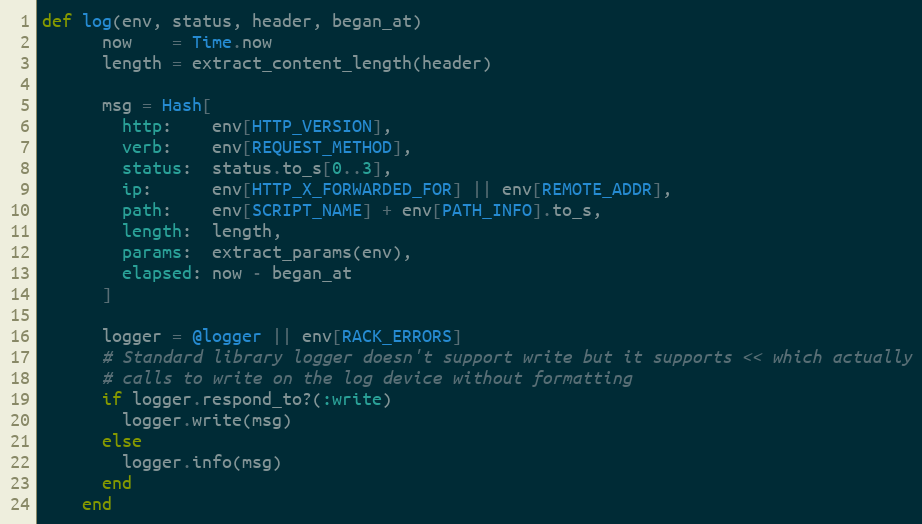
Language: Ruby
def log(env, status, header, began_at)
      now    = Time.now
      length = extract_content_length(header)

      msg = Hash[
        http:    env[HTTP_VERSION],
        verb:    env[REQUEST_METHOD],
        status:  status.to_s[0..3],
        ip:      env[HTTP_X_FORWARDED_FOR] || env[REMOTE_ADDR],
        path:    env[SCRIPT_NAME] + env[PATH_INFO].to_s,
        length:  length,
        params:  extract_params(env),
        elapsed: now - began_at
      ]

      logger = @logger || env[RACK_ERRORS]
      # Standard library logger doesn't support write but it supports << which actually
      # calls to write on the log device without formatting
      if logger.respond_to?(:write)
        logger.write(msg)
      else
        logger.info(msg)
      end
    end